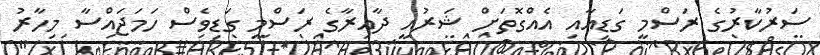
ސަރުކާރުގެ ރަސްމީ ގަޑިއާއި އެއްގޮތަށް ޝަރުއީ ދާއިރާގެ ރަސްމީ ގަޑިވެސް ހަމަޖައްސާ މިހާރު